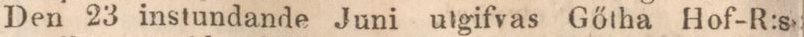
Den 23 instundande Juni utgifvas Gőtha Hof-R:s